Civil Veterinary Dept. North-West Frontier Province 1933-46 - 1933-1946
Year: 1933
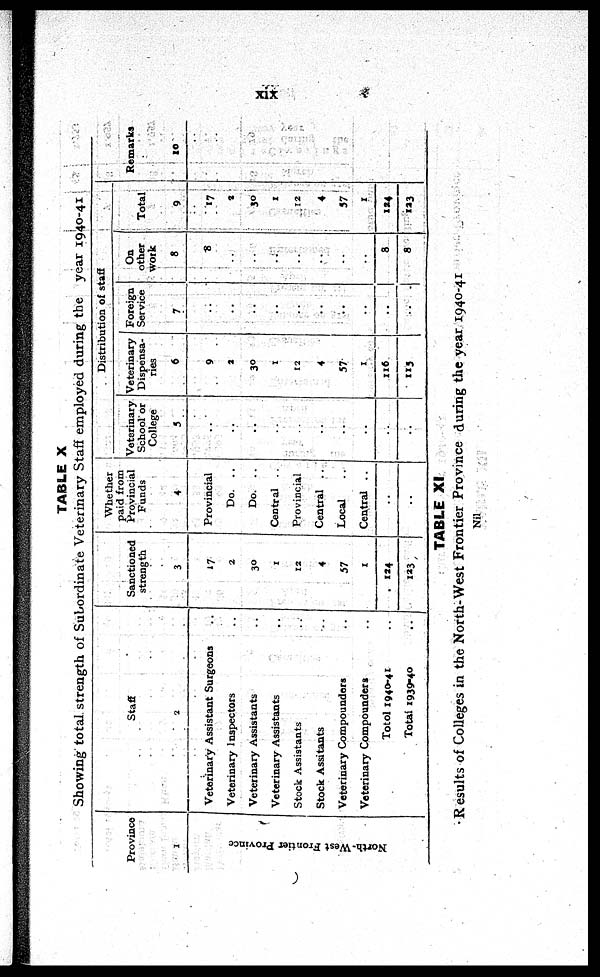
xix
TABLE X
Showing total strength of Subordinate Veterinary Staff employed during the year 1940-41
Province
1
Nor th-
We s
t Fr ont i
er Pr ovi nc e
Staff
2
Veterinary Assistant Surgeons ..
Veterinary Inspectors ..
Veterinary Assistants ..
Veterinary Assistants ..
Stock Assistants ..
Stock Assitants ..
Veterinary Compounders ..
Veterinary Compounders ..
Total 1940-41 ..
Total 1939-40 ..
Sanctioned
strength
3
17
2
30
1
12
4
57
1
124
123
Whether
paid from
Provincial
Funds
4
Provincial
Do. ..
Do. ..
Central ..
Provincial
Central ..
Local ..
Central ..
..
..
Distribution of staff
Veterinary
School or
College
5
..
..
..
..
..
..
..
..
..
..
Veterinary
Dispensa-
ries
6
9
2
30
1
12
4
57
1
116
115
Foreign
Service
7
..
..
..
..
..
..
..
..
..
..
On
other
work
8
8
..
..
..
..
..
..
..
8
8
Total
9
17
2
30
1
12
4
57
1
124
123
Remarks
10
TABLE XI
Results of Colleges in the North-West Frontier Province during the year 1940-41
Nil